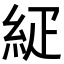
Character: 𥿇